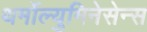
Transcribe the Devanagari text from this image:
थर्मोल्युमिनेसेन्स